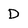
Character: D